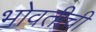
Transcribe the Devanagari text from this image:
भोवतीची